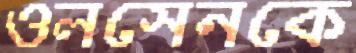
ওলসেনকে